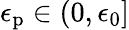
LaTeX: \epsilon_{\mathrm{p}}\in(0,\epsilon_{0}]